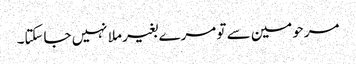
مرحومین سے تو مرے بغیر ملا نہیں جاسکتا۔